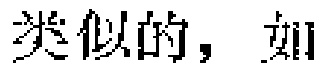
类似的，如